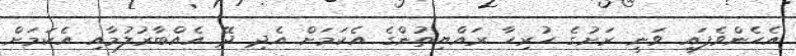
އެހެންވެފައި ވަނީ ރަށުގެ ހުރިހާ ރައްޔިތުންގެ އެކަމަށް އެދި ދޭ އެއްބާރުލުމާއި އެކަމަށް